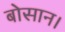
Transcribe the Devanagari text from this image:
बोसान।